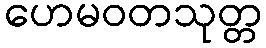
ဟေမဝတသုတ္တ